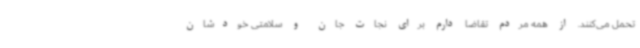
تحمل می‌کنند. از همه مردم تقاضا دارم برای نجات جان و سلامتی خودشان